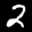
Label: 2